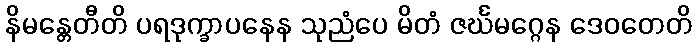
နိမန္တေတီတိ ပရဒုက္ခာပနေန သုညံပေ မိတံ ဇင်္ဃမဂ္ဂေန ဒေဝတေတိ